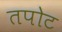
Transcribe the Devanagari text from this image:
तपोट